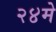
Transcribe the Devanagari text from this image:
२४मे